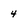
Character: 4